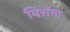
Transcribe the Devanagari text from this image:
बिरांगा